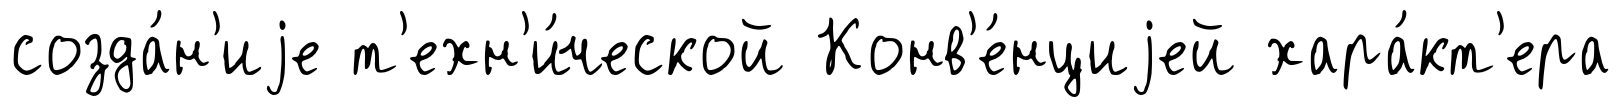
созда́н'иjе т'ехн'и́ческой Конв'е́нциjей хара́кт'ера